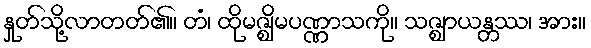
နှုတ်သို့လာတတ်၏။ တံ၊ ထိုမဇ္ဈိမပဏ္ဏာသကို။ သဇ္ဈာယန္တဿ၊ အား။